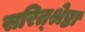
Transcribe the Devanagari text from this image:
सरित्श्रेष्ठा